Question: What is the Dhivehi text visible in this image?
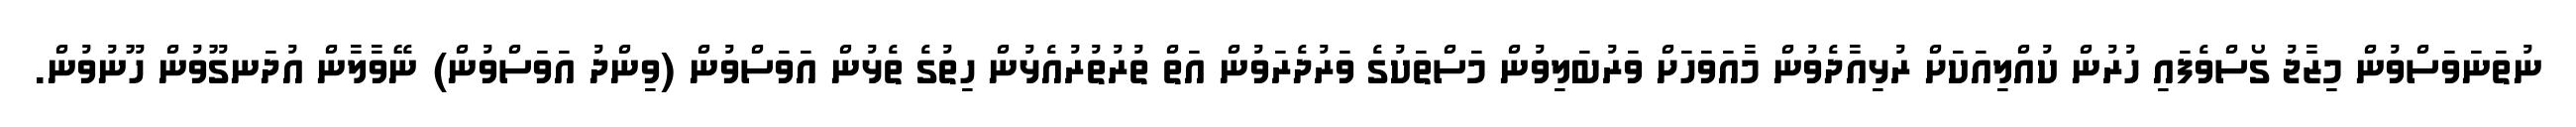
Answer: ނުތަނަވަސްވުން މިޒާޖު ގޯސްވެފައި ހުރުން ކުއްލިއަކަށް ރުޅިއާދެވުން މާއަވަހަށް ވަރުބަލިވުން މަސްތަކުގެ ވަރުދެރަވުން އަތް ތުރުތުރުއެޅުން ހިތުގެ ތެޅުން އަވަސްވުން (ވިންދު އަވަސްވުން) ނޭވާލާން އުދަނގޫވުން ހޫނުވުން.